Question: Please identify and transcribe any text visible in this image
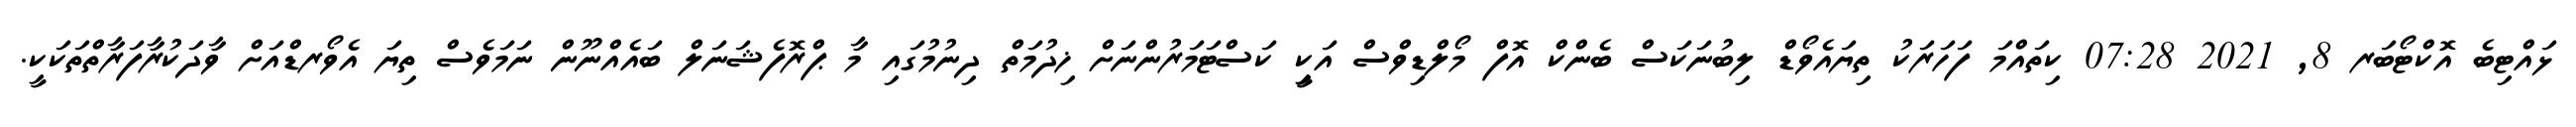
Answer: ޅައްޓިބެ އޮކްޓޯބަރ 8, 2021 07:28 ކިތައްމަ ފަހަރަކު ތިޔައެވޯޑް ލިބުނަކަސް ބެންކް އޮފް މޯލްޑިވްސް އަކިީ ކަސްޓަމަރުންނަށް ޚިދުމަތް ދިނުމުގައި މާ ޕްރޮފެޝަނަލް ބައެއްނޫން ނަމަވެސް ތިޔަ އެވޯރޑްއަށް ވާދަކުރާފަރާތްތަކަކީ.